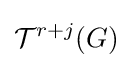
{\mathcal {T}}^{r+j}(G)